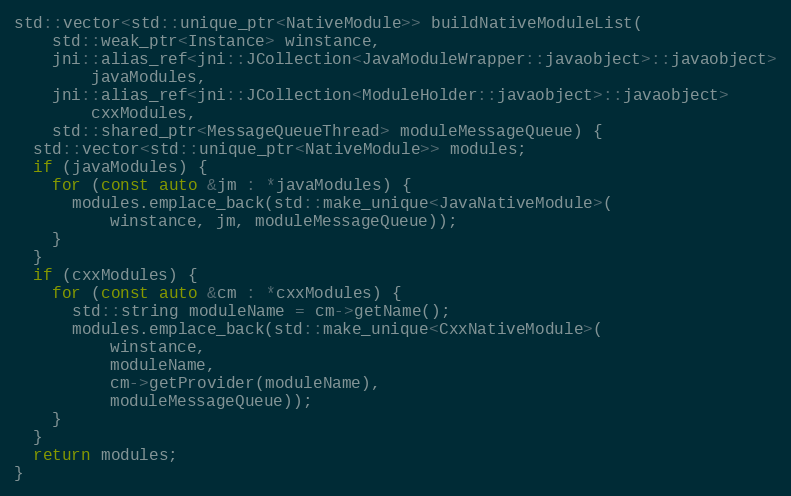
Language: C++
std::vector<std::unique_ptr<NativeModule>> buildNativeModuleList(
    std::weak_ptr<Instance> winstance,
    jni::alias_ref<jni::JCollection<JavaModuleWrapper::javaobject>::javaobject>
        javaModules,
    jni::alias_ref<jni::JCollection<ModuleHolder::javaobject>::javaobject>
        cxxModules,
    std::shared_ptr<MessageQueueThread> moduleMessageQueue) {
  std::vector<std::unique_ptr<NativeModule>> modules;
  if (javaModules) {
    for (const auto &jm : *javaModules) {
      modules.emplace_back(std::make_unique<JavaNativeModule>(
          winstance, jm, moduleMessageQueue));
    }
  }
  if (cxxModules) {
    for (const auto &cm : *cxxModules) {
      std::string moduleName = cm->getName();
      modules.emplace_back(std::make_unique<CxxNativeModule>(
          winstance,
          moduleName,
          cm->getProvider(moduleName),
          moduleMessageQueue));
    }
  }
  return modules;
}